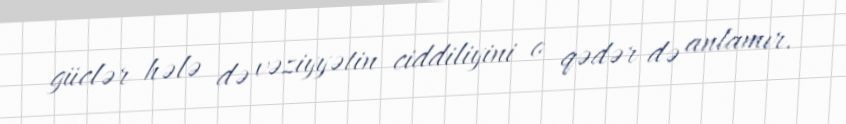
güclər hələ də vəziyyətin ciddiliyini o qədər də anlamır.